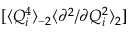
[ \langle Q _ { i } ^ { 4 } \rangle _ { - 2 } \langle { \partial ^ { 2 } } / { \partial Q _ { i } ^ { 2 } } \rangle _ { 2 } ]